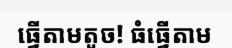
ធ្វើតាមតូច! ធំធ្វើតាម